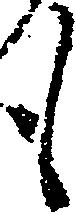
も